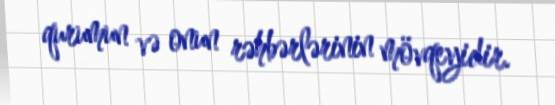
qurumun və onun rəhbərlərinin mövqeyidir.